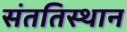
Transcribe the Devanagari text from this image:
संततिस्थान